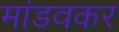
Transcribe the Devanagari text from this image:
मांडवकर